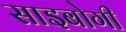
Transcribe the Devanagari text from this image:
साइबोगी